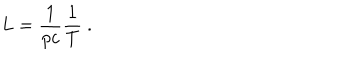
L = \frac { 1 } { p c } \frac { 1 } { T } ~ .